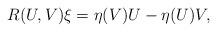
LaTeX: \begin{align*}R(U,V)\xi=\eta(V)U-\eta(U)V, \end{align*}